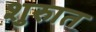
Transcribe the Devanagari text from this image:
शुरुात